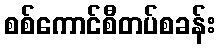
စစ်ကောင်စီတပ်စခန်း